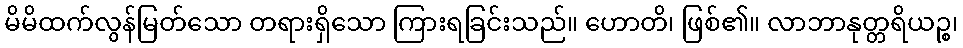
မိမိထက်လွန်မြတ်သော တရားရှိသော ကြားရခြင်းသည်။ ဟောတိ၊ ဖြစ်၏။ လာဘာနုတ္တရိယဉ္စ၊